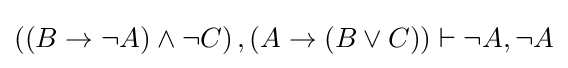
\left(\left(B\rightarrow \lnot A\right)\land \lnot C\right),\left(A\rightarrow \left(B\lor C\right)\right)\vdash \lnot A,\lnot A